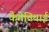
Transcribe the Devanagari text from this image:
कैमेतियाई